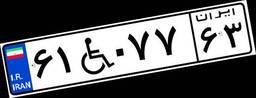
۶۱W۰۷۷۶۳